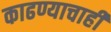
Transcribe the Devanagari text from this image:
काढण्याचाही